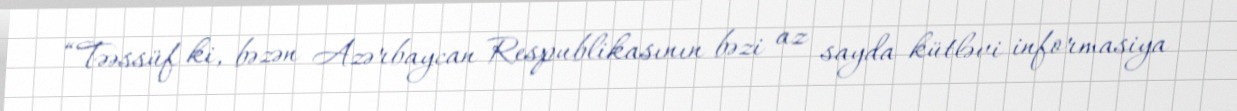
“Təəssüf ki, bəzən Azərbaycan Respublikasının bəzi az sayda kütləvi informasiya